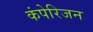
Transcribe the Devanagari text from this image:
कंपेरिजन